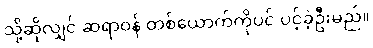
သို့ဆိုလျှင် ဆရာဝန် တစ်ယောက်ကိုပင် ပင့်ခဲ့ဦးမည်။